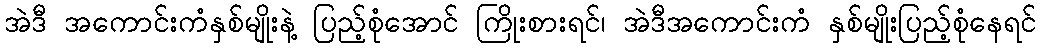
အဲဒီ အကောင်းကံနှစ်မျိုးနဲ့ ပြည့်စုံအောင် ကြိုးစားရင်၊ အဲဒီအကောင်းကံ နှစ်မျိုးပြည့်စုံနေရင်